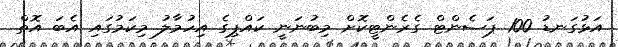
އަޅުގަނޑު 100 ޕަސެންޓް ގެރެންޓީކޮށް މިބުނަނީ ކައްޕިގެ އިހުމާލު މިކަމުގައި އެބަ އޮތް